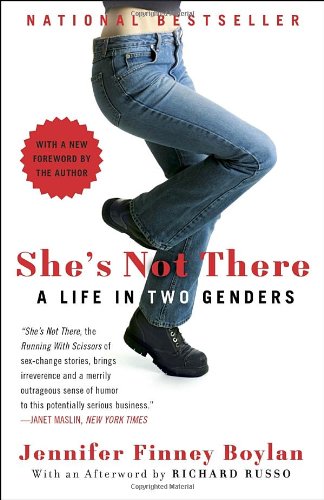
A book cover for She's Not There: A Life in Two Genders; Jennifer Finney Boylan; Gay & Lesbian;